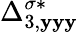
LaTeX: {\Delta}_{3,\mathbf{y}\mathbf{y}\mathbf{y}}^{\sigma*}